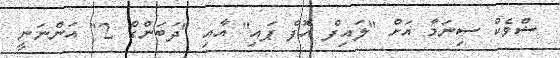
ޝްވެކް ސިނަމާ އަށް "ލައިފް އޮފް ޕައި" އާއި "ދަބަންގް 2" އަންނަނީ